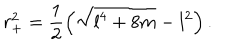
r _ { + } ^ { 2 } = \frac { 1 } { 2 } \left( \sqrt { l ^ { 4 } + 8 m } - l ^ { 2 } \right) .